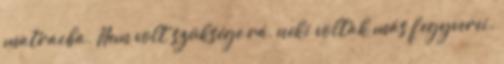
matracba. Nem volt szüksége rá, neki voltak más fegyverei.